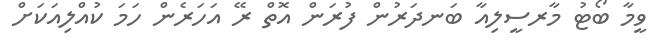
ވީމާ ބޯޓު މާރސީލިއާ ބަނދަރުން ފުރަން އޮތް ރޭ އަހަރެން ހަމަ ކުއްލިއަކަށް